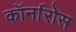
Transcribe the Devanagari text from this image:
कॉर्नारोस